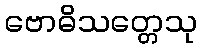
ဗောဓိသတ္တေသု